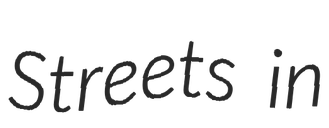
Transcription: Streets in